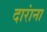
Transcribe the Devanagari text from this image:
दारांना